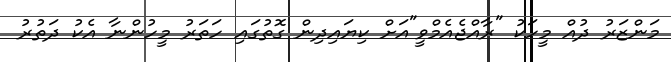
މަންޒަރު ދުއް މީހަކު "ރާއްޖެއެމްވީ"އަށް ކިޔައިދިން ގޮތުގައި ހަތަރު މީހުންނާ އެކު ދަތުރު